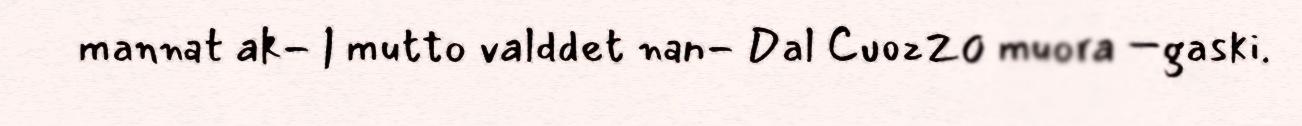
mannat ak- | mutto valddet nan- Dal CuozZ0 muora –gaski.